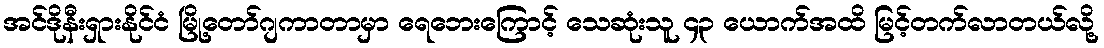
အင်ဒိုနီးရှားနိုင်ငံ မြို့တော်ဂျကာတာမှာ ရေဘေးကြောင့် သေဆုံးသူ ၄၃ ယောက်အထိ မြင့်တက်လာတယ်လို့